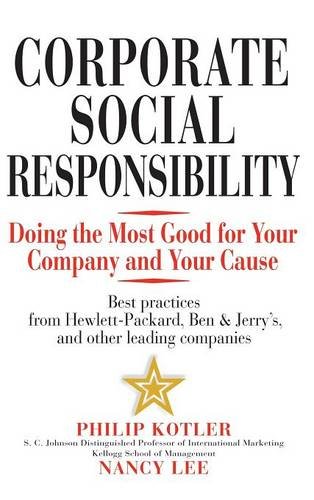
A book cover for Corporate Social Responsibility: Doing the Most Good for Your Company and Your Cause; Philip Kotler; Business & Money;